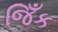
જિઁક